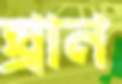
ঘ্রান